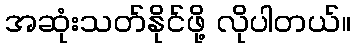
အဆုံးသတ်နိုင်ဖို့ လိုပါတယ်။